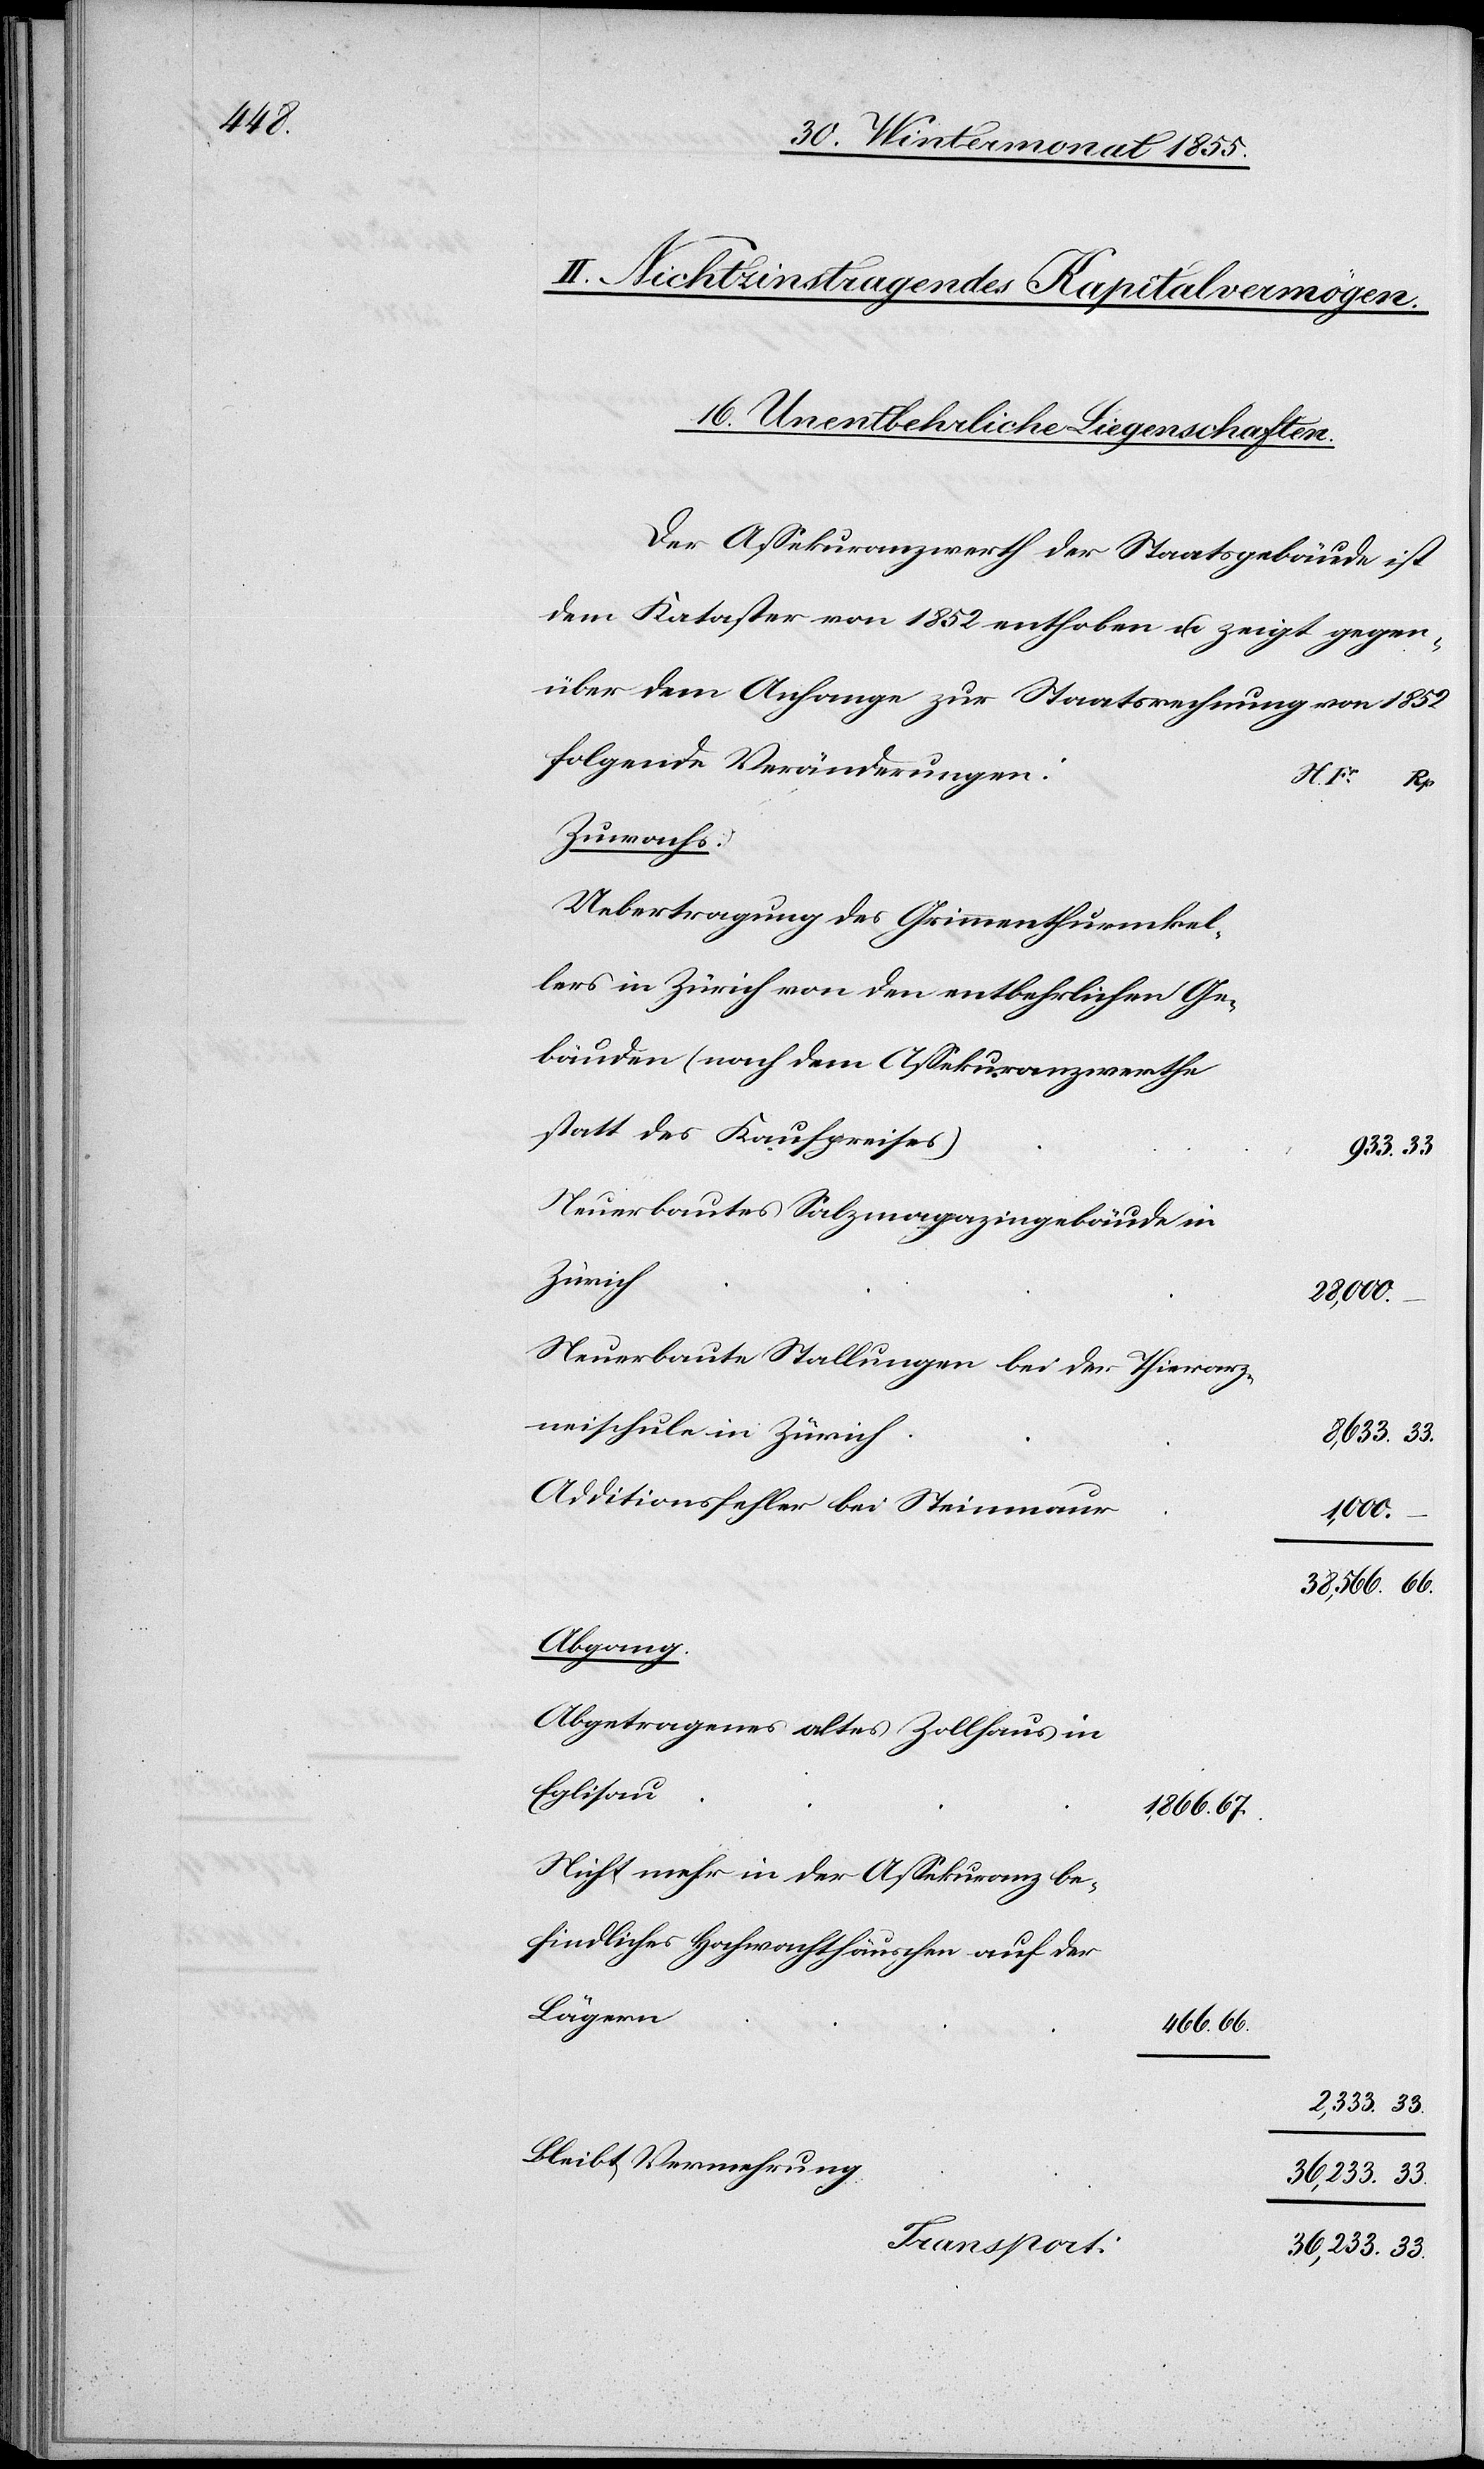
1852

II. Nichtzinstragendes Kapitalvermögen.
16. Unentbehrliche Liegenschaften.
Der Assekuranzwerth der Staatsgebäude ist
dem Kataster von 1852 enthoben u. zeigt gegen¬
über dem Anhange zur Staatsrechnung von
folgende Veränderungen:
N. Fr.
Zuwachs:
Uebertragung des Grimmenthurmkel¬
lers in Zürich von den entbehrlichen Ge¬
bäuden (nach dem Assekuranzwerthe
statt des Kaufpreises)
Neuerbautes Salzmagazingebäude in
Zürich
36,233.
Neuerbaute Stallungen bei der Thierarz¬
neischule in Zürich
Additionsfehler bei Steinmaur
66.
33.
Abgang.
Abgetragenes altes Zollhaus in
Eglisau
1,866.
Nicht mehr in der Assekuranz be¬
findliches Hochwachthäuschen auf der
Lägern
466.
Bleibt Vermehrung
36,233.